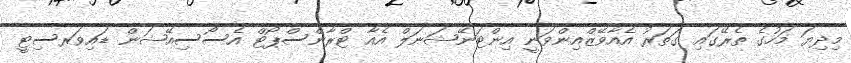
މިދިޔަ މަހުގެ ތެރޭގައި ގަތަރު އެއާވޭޒްއިންވަނީ އިންޓަނޭޝަނަލް އެއާ ޓްރާންސްޕޯޓް އެސޯސިއޭޝަން ޑައިވަރސިޓީ